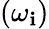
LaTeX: \left(\omega_{\mathbf{i}}\right)